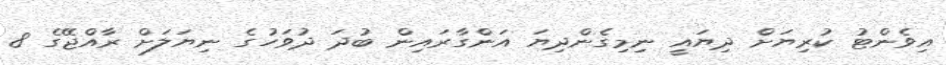
އިވެންޓު ކުރިޔަށް ދިޔައީ ނިމިގެންދިޔަ އަންގާރައިން ބުދަ ދުވަހުގެ ނިޔަލަށް ރާއްޖޭގެ 8